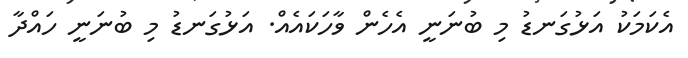
އެކަމަކު އަޅުގަނޑު މި ބުނަނީ އެހެން ވާހަކައެއް. އަޅުގަނޑު މި ބުނަނީ ހައްދާ